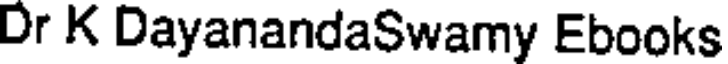
Dr K DayanandaSwamy Ebooks